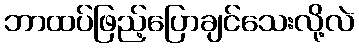
ဘာထပ်ဖြည့်ပြောချင်သေးလို့လဲ